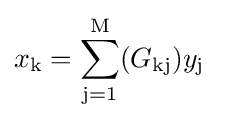
{\begin{aligned}x_{\mathrm {k} }&=\sum _{\mathrm {j} =1}^{\mathrm {M} }(G_{\mathrm {kj} })y_{\mathrm {j} }\end{aligned}}